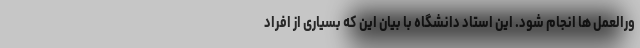
ورالعمل ها انجام شود. این استاد دانشگاه با بیان این که بسیاری از افراد